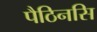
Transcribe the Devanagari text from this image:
पैठिनसि